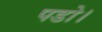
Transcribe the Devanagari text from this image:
पडो।